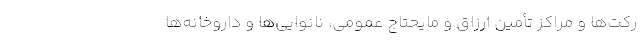
رکت‌ها و مراکز تأمین ارزاق و مایحتاج عمومی، نانوایی‌ها و داروخانه‌ها